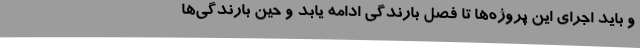
و باید اجرای این پروژه‌ها تا فصل بارندگی ادامه یابد و حین بارندگی‌ها